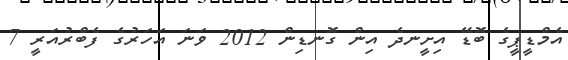
އެމްޑީޕީގެ ބޮޑޭ އިށީނދެ އިން ގޮނޑިން 2012 ވަނަ އަހަރުގެ ފެބްރުއަރީ 7